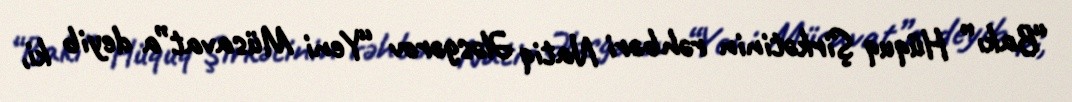
“Bakı” Hüquq Şirkətinin rəhbəri Natiq Ələsgərov “Yeni Müsavat”a deyib ki,